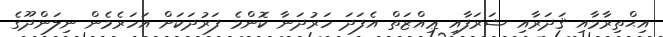
އިޙްތިރާމާއި ޤަދަރާއި ޝަރަފާއި ޢިއްޒަތް އެފަދަ ހަރުދަނާ ކޮންމެ ފަރުދަކަށް އަހަރެމެން ނިލަންދޫގެ